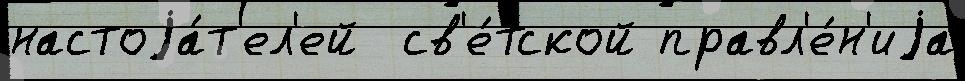
настоjа́т'ел'ей  св'е́тской правл'е́н'иjа